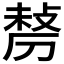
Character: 𠞲